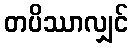
တပိဿာလျှင်